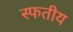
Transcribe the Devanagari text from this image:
स्फतीय